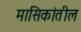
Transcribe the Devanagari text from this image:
मासिकांतील